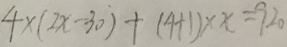
4 \times ( 2 x - 3 0 ) + ( 4 + 1 ) \times x = 9 2 0